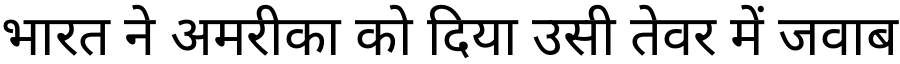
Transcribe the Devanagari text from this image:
भारत ने अमरीका को दिया उसी तेवर में जवाब